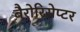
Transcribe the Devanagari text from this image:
बैरोरिसेप्टर